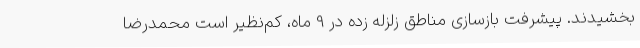
بخشیدند. پیشرفت بازسازی مناطق زلزله زده در 9 ماه، کم‌نظیر است محمدرضا